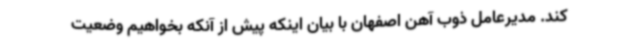
کند. مدیرعامل ذوب آهن اصفهان با بیان اینکه پیش از آنکه بخواهیم وضعیت